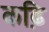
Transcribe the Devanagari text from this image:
कढ़ि